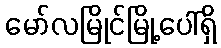
မော်လမြိုင်မြို့ပေါ်ရှိ